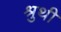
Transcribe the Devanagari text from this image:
श्रुथी